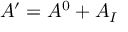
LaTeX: { \cal A } ^ { \prime } = { \cal A } ^ { 0 } + { \cal A } _ { I }